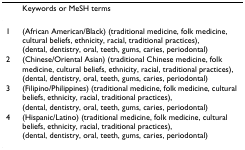
<table><thead><tr><td>[EMPTY_CELL]</td><td><b>Keywords or MeSH terms</b></td></tr></thead><tbody><tr><td>1</td><td>(African American/Black) (traditional medicine, folk medicine, cultural beliefs, ethnicity, racial, traditional practices), (dental, dentistry, oral, teeth, gums, caries, periodontal)</td></tr><tr><td>2</td><td>(Chinese/Oriental Asian) (traditional Chinese medicine, folk medicine, cultural beliefs, ethnicity, racial, traditional practices), (dental, dentistry, oral, teeth, gums, caries, periodontal)</td></tr><tr><td>3</td><td>(Filipino/Philippines) (traditional medicine, folk medicine, cultural beliefs, ethnicity, racial, traditional practices), (dental, dentistry, oral, teeth, gums, caries, periodontal)</td></tr><tr><td>4</td><td>(Hispanic/Latino) (traditional medicine, folk medicine, cultural beliefs, ethnicity, racial, traditional practices), (dental, dentistry, oral, teeth, gums, caries, periodontal)</td></tr></tbody></table>